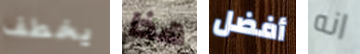
يخطف هذا أفضل انه